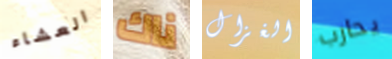
العشاء ناك الغزال يحارب